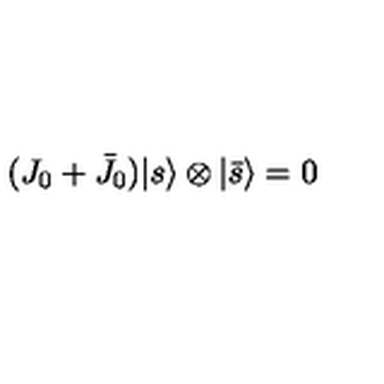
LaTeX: ( J _ { 0 } + \bar { J } _ { 0 } ) { \vert { s } \rangle } \otimes { \vert { \bar { s } } \rangle } = 0